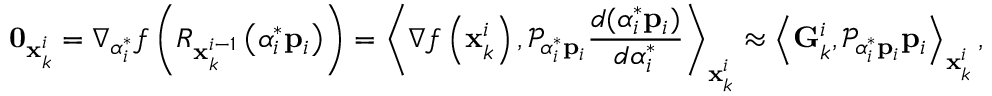
\mathbf { 0 } _ { \mathbf { x } _ { k } ^ { i } } = \nabla _ { \alpha _ { i } ^ { * } } f \left( R _ { \mathbf { x } _ { k } ^ { i - 1 } } \left( \alpha _ { i } ^ { * } \mathbf { p } _ { i } \right) \right) = \left\langle \nabla f \left( \mathbf { x } _ { k } ^ { i } \right) , \mathcal { P } _ { \alpha _ { i } ^ { * } \mathbf { p } _ { i } } \frac { d ( \alpha _ { i } ^ { * } \mathbf { p } _ { i } ) } { d \alpha _ { i } ^ { * } } \right\rangle _ { \mathbf { x } _ { k } ^ { i } } \approx \left\langle \mathbf { G } _ { k } ^ { i } , \mathcal { P } _ { \alpha _ { i } ^ { * } \mathbf { p } _ { i } } \mathbf { p } _ { i } \right\rangle _ { \mathbf { x } _ { k } ^ { i } } ,